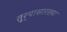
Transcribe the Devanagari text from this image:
तुर्‍यासारख्या